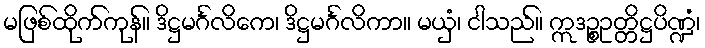
မဖြစ်ထိုက်ကုန်။ ဒိဋ္ဌမင်္ဂလိကေ၊ ဒိဋ္ဌမင်္ဂလိကာ။ မယှံ၊ ငါသည်။ ဣဒဉ္စဥတ္တိဋ္ဌပိဏ္ဍံ၊